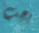
يجب